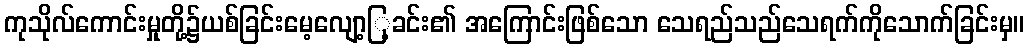
ကုသိုလ်ကောင်းမှုတို့၌ယစ်ခြင်းမေ့လျော့ြ့ခင်း၏ အကြောင်းဖြစ်သော သေရည်သည်သေရက်ကိုသောက်ခြင်းမှ။